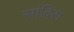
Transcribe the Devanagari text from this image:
सांदिस